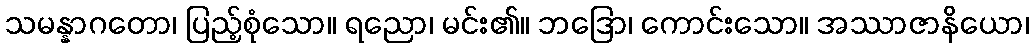
သမန္နာဂတော၊ ပြည့်စုံသော။ ရညော၊ မင်း၏။ ဘဒြော၊ ကောင်းသော။ အဿာဇာနိယော၊